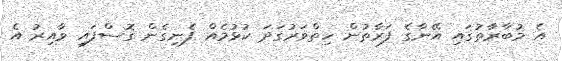
އެ މުބާރާތުގައި އޭނާގެ ފަރާތުން ހިތްވަރުގަދަ ކުޅުމެއް ފެނިގެން ގޮސްފައި ވާއިރު އެ